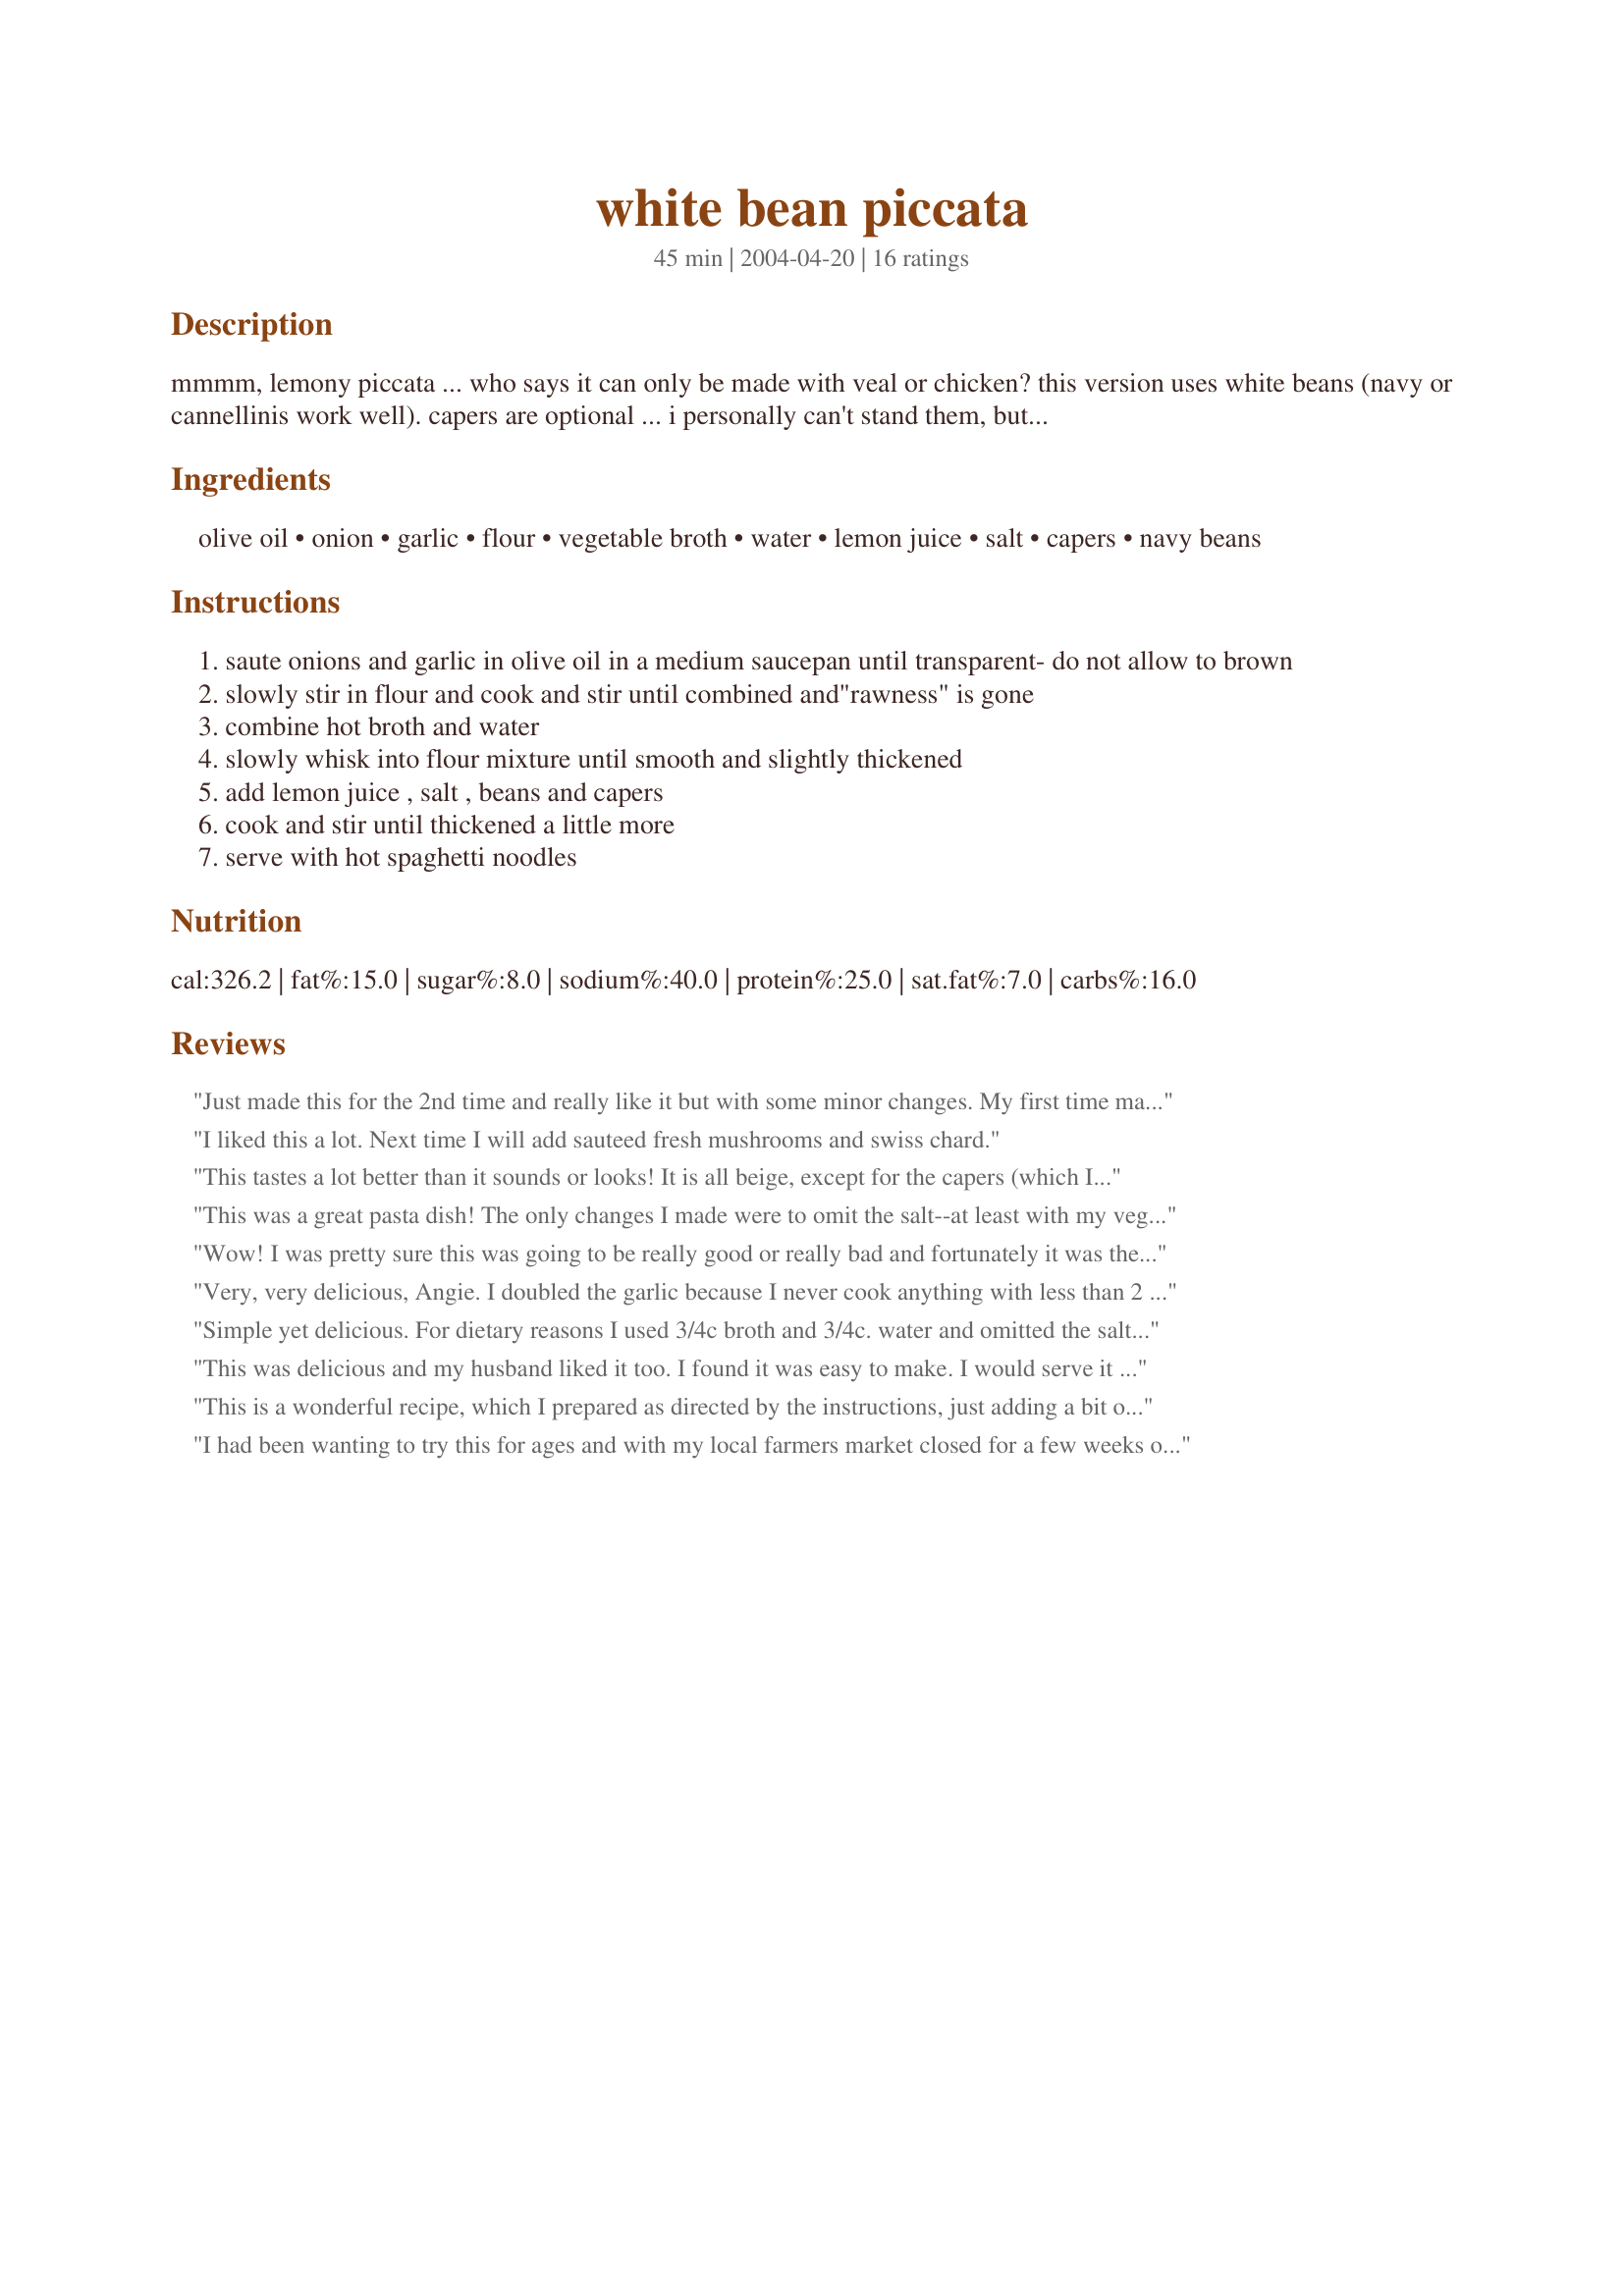
white bean piccata
Preparation time: 45 minutes

mmmm, lemony piccata ... who says it can only be made with veal or chicken? this version uses white beans (navy or cannellinis work well). capers are optional ... i personally can't stand them, but they are a typical piccata ingredient, so use if you like. serve with fresh hot spaghetti noodles.

Ingredients:
olive oil, onion, garlic, flour, vegetable broth, water, lemon juice, salt, capers, navy beans

Steps:
saute onions and garlic in olive oil in a medium saucepan until transparent- do not allow to brown
slowly stir in flour and cook and stir until combined and"rawness" is gone
combine hot broth and water
slowly whisk into flour mixture until smooth and slightly thickened
add lemon juice , salt , beans and capers
cook and stir until thickened a little more
serve with hot spaghetti noodles

Reviews:
Just made this for the 2nd time and really like it but with some minor changes. My first time making it, I only added 4 Tbls. lemon juice (after tasting it, I thought 5 Tbls would be too sour for me) and one can of beans. The second time, I also sauteed 1/2 cup celery with the onions, used Better Than Boullion with water for the veg broth, and a can of great northern beans as well as a can of pinto beans. Served on whole wheat rotini. Update 8/26/12 Wanted to add that, yes, I did use the capers, which I love. I guess I don't understand the aversion to them. They're nothing but pickled flower buds from a caper bush.
I liked this a lot. Next time I will add sauteed fresh mushrooms and swiss chard.
This tastes a lot better than it sounds or looks! It is all beige, except for the capers (which I love even though I'm not usually a big fan of anything brined or pickled). You've got beige beans in a gooey sauce over beige pasta. It doesn't taste beige, though; it tastes sunny from the lemons and capers, but has a starchy, warming, comforting texture. I was wondering how this would work, because I do make snapper or chicken piccata fairly often, which involve fillets of things, rather than the small individual beans. This does indeed have a different texture despite the similar ingredients; with a filet of something you flour and brown it and the flour mostly sticks to it. It would be hard to get flour to stick to beans, so this (as I cooked it) had a thicker sauce and a slightly different taste because the flour was not browned. Overall, this had a nice comforting flavor and makes a healthy alternative to most starchy casseroles.
This was a great pasta dish! The only changes I made were to omit the salt--at least with my veggie broth and the capers, it was PLENTY salty already--and to add about 1/4 cup of white wine. Thanks!
Wow! I was pretty sure this was going to be really good or really bad and fortunately it was the former! I don't think I've ever had a piccata before, but I love it with the cannellini beans! I did omit the capers since I didn't have any (like EdsGirlAngie I think they're gross) and followed RéeLani's lead and used chicken broth. Really a tasty and filling meal! I used whole wheat pastry flour for the flour actually and served over whole wheat pasta... we almost strictly eat whole grains, but I just wanted to mention that whole wheat flour works fine for the roux and the flavors of this are strong enough that they can take on a hearty whole wheat pasta. I did add a splash of cream to the mix, because I felt it was wanting a bit of richness and we served with plenty of fresh parmesean. Really terrific dinner. In all honesty, considering the amount of 'sauce' I have left in my pot, I think I might have been able to get up to 6 servings out of this! Very quick and easy supper, especially with the canned beans. Oh! I also only used 4 Tbs lemon juice, to taste, but I think my juice is tarter than some. Served with Amazing Garlic Bread (#46183) on the side. Great dinner! BF and I were both surprised at how much we liked this (and how filling it is!)
Very, very delicious, Angie. I doubled the garlic because I never cook anything with less than 2 cloves of garlic. That is the only minor addition I made. I loved the lemony flavor and it wasn't too strong for me. But I would recommend adding it to taste because some people are very sensitive to lemon flavor. Satisfied my starch/comfort food craving and was healthy too. Thanks for sharing this--will return to it again.
Simple yet delicious. For dietary reasons I used 3/4c broth and 3/4c. water and omitted the salt and capers to reduce the sodium content . Despite this the sauce did not lack in flavor. The lemon blends extremely well with the beans and when served with pasta, makes for a rich hearty meal.
This was delicious and my husband liked it too.
I found it was easy to make. I would serve it with egg noodles instead of spagetti.
I almost always add way more lemon than recipes call for...but this one was just right.
This is a wonderful recipe, which I prepared as directed by the instructions, just adding a bit of spinach at the end and not using the capers. I did prepare this ahead of time, fully intending to serve over spaghetti for dinner. However, upon tasting it , I said to heck with the spaghetti and just heated it and ate it as a soup. I just love the fresh clean flavor that the lemon juice gave the beans. Who needs veal or chicken? The beans hit the spot. However, the next time I would like to try it with the capers and serve over spaghetti, to be true to the recipe. Yummy! Thanks EGA!
I had been wanting to try this for ages and with my local farmers market closed for a few weeks over the new year, we were reduced to cupboard staples! We added the capers and felt it enhanced the taste of the dish (we used wholegrain penne - stronger in flavour than white pasta). We also added some finely slivered flat leaf parsley just before serving for a bit of colour, and think mint would also work quite well. I love lemon and couldn't get enough of this sauce! Delicious, easy and budget friendly. Thanks.
My first piccata! I love lemon and am always looking for a new way to use beans so this was perfect! I cooked 1 c. of dry navy beans, which probably made too many beans, but I used them all anyway. Also doubled the garlic and omitted the capers (never had them but you all convinced me they must be really gross!) I didn't serve it over noodles either-it was plenty starchy on it's own (for me) and I liked the flavor so much I didn't want anything to detract from it! Thanks~
Delicious! Both I and the DH love capers (if you do too, see my recipe for fish fillets with lemon and capers -- #394159), so I was pretty sure this would be a hit. Added 2/3 of a green pepper (chopped) and two handfuls of baby spinach as recommended, and served it over penne, which is what I had in the house at the time. Yummy, and will definitely make it again!
Enjoyed this tasty dish. It actually took much less time to make than the recipe suggests. Minced the onions and garlic. Then started the oil heating while I got the broth going. By that time the oil was hot enough to add the onions and garlic. Gave that a good stir and while it was doing it's thing, I got the rest of the ingredients ready. Then it was time to add the flour and follow the rest of the steps. I wanted to add some color and also didn't want to have to fix a salad or other side, so after the sauce thickened, I add two big handfuls of freash spinach, covered the pan and let that sit for about 5-6 minutes until the spinach wilted. I'd thought about serving with rice because beans and rice is a combo I'm more familiar with, but I'm glad I stuck with noodles because the sauce really clung to the pasta well.
Two things I would do different next time is use more beans and less lemon juice. We did use capers and that might be why the tartness was a bit too strong for us. Thanks for sharing!
This is very yummy! I made as suggested except I added some red peppers in with the onions just to add a splash of color and a couple of handfuls of spinach per little_wings suggestion. Very good I will be making this one again.
Mmmm...simple to prepare and so lemony good! I used chicken broth instead of veggie broth 'cause that's what I had in the cupboard. Very tasty!
Wow, this was a hit with the lemon lover I married. It was a bit intense for me but other than that this was a terrific dish and benefits greatly from the addition of some chopped fresh herb(s) just before serving. I used whole wheat flour and pasta and thought they both worked well.
